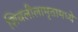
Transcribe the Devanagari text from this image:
शिवलीलामृतामध्ये